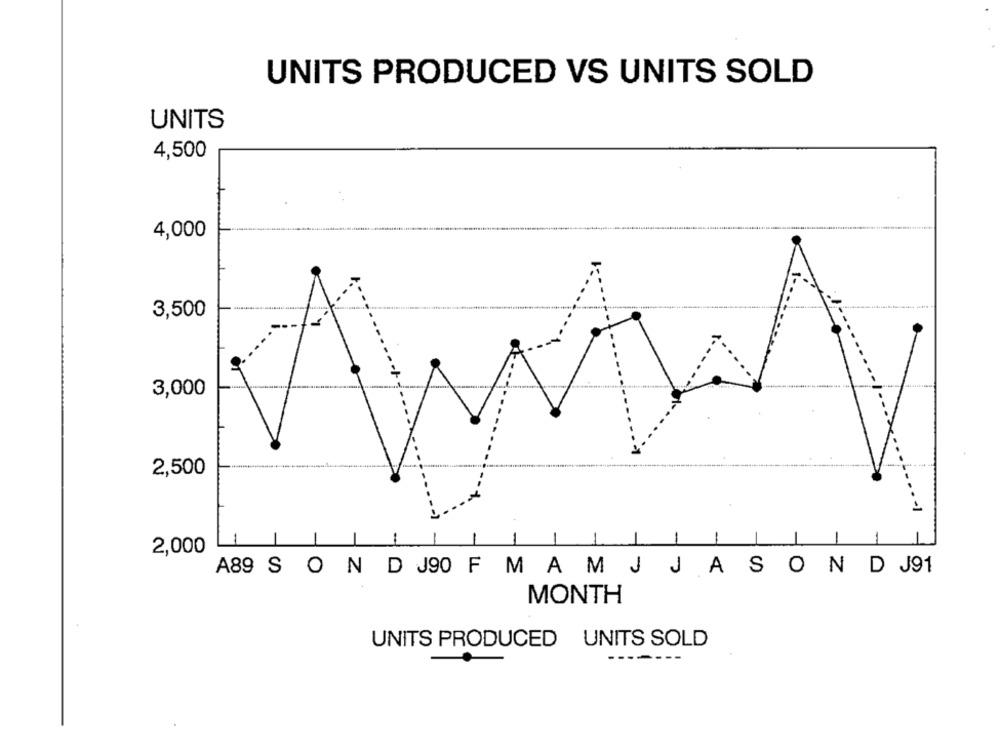
UNITS PRODUCED VS UNITS SOLD
UNITS
4,500
4,000
3,500
3,000
2,500
-1
2,000
A89 S O N D J90 F M A M J JASON DJ91
MONTH
UNITS PRODUCED UNITS SOLD
----